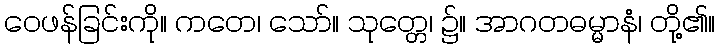
ဝေဖန်ခြင်းကို။ ကတေ၊ သော်။ သုတ္တေ၊ ၌။ အာဂတဓမ္မာနံ၊ တို့၏။